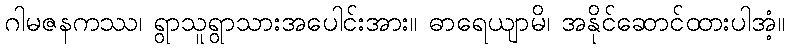
ဂါမဇနကဿ၊ ရွာသူရွာသားအပေါင်းအား။ ဓာရေယျာမိ၊ အနိုင်ဆောင်ထားပါအံ့။